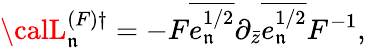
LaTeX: {\calL}_{\mathfrak{n}}^{(F)\dagger}=-F\overline{{{{e_{\mathfrak{n}}^{1/2}}}}}\partial_{\bar{{z}}}\overline{{{{e_{\mathfrak{n}}^{1/2}}}}}F^{-1},